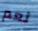
نعم